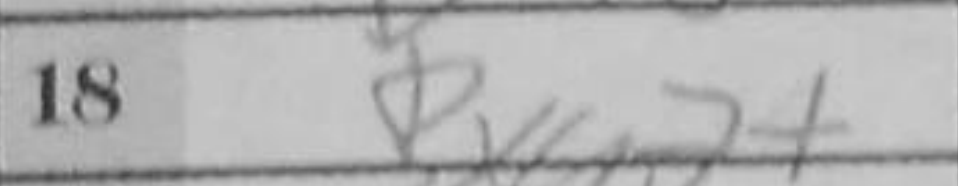
Transcription: Bxg7+